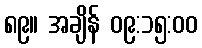
၈၉။ အချိန် ၀၉:၁၅:၀၀